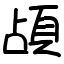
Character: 頕